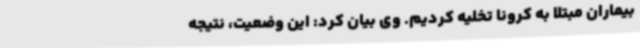
بیماران مبتلا به کرونا تخلیه کردیم. وی بیان کرد: این وضعیت، نتیجه